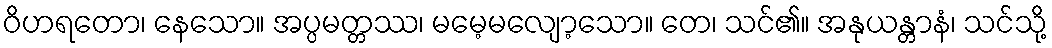
ဝိဟရတော၊ နေသော။ အပ္ပမတ္တဿ၊ မမေ့မလျော့သော။ တေ၊ သင်၏။ အနုယန္တာနံ၊ သင်သို့